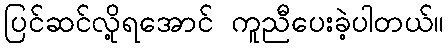
ပြင်ဆင်လို့ရအောင် ကူညီပေးခဲ့ပါတယ်။